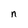
Character: n